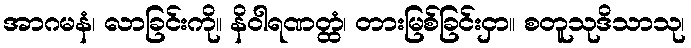
အာဂမနံ၊ လာခြင်းကို။ နိဝါရဏတ္ထံ၊ တားမြစ်ခြင်းငှာ။ စတူသုဒိသာသု၊